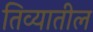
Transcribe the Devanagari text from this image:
तिव्यातील